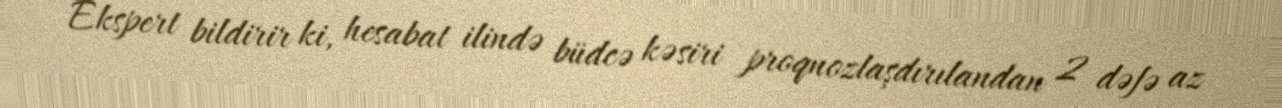
Ekspert bildirir ki, hesabat ilində büdcə kəsiri proqnozlaşdırılandan 2 dəfə az